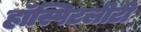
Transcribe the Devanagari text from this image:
हॉस्पिटलीटी